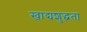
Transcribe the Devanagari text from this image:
खाद्यशुद्धता